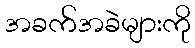
အခက်အခဲများကို